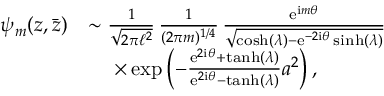
\begin{array} { r l } { \psi _ { m } ( z , \bar { z } ) } & { \sim \frac { 1 } { \sqrt { 2 \pi \ell ^ { 2 } } } \, \frac { 1 } { ( 2 \pi m ) ^ { 1 / 4 } } \, \frac { \mathrm { e } ^ { \mathrm { i } m \theta } } { \sqrt { \cosh ( \lambda ) - \mathrm { e } ^ { - 2 \mathrm { i } \theta } \sinh ( \lambda ) } } } \\ & { \quad \; \times \exp \left( - \frac { \mathrm { e } ^ { 2 \mathrm { i } \theta } + \operatorname { t a n h } ( \lambda ) } { \mathrm { e } ^ { 2 \mathrm { i } \theta } - \operatorname { t a n h } ( \lambda ) } a ^ { 2 } \right) , } \end{array}